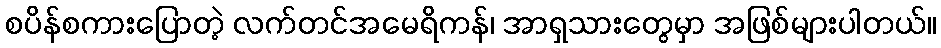
စပိန်စကားပြောတဲ့ လက်တင်အမေရိကန်၊ အာရှသားတွေမှာ အဖြစ်များပါတယ်။